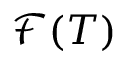
{ \mathcal { F } } ( T )